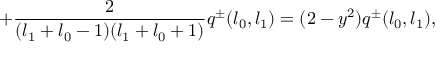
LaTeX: + \frac { 2 } { ( l _ { 1 } + l _ { 0 } - 1 ) ( l _ { 1 } + l _ { 0 } + 1 ) } q ^ { \pm } ( l _ { 0 } , l _ { 1 } ) = ( 2 - y ^ { 2 } ) q ^ { \pm } ( l _ { 0 } , l _ { 1 } ) ,